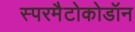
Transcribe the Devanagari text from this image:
स्परमैटोकोडॉन